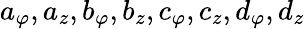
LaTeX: a_{\varphi},a_{z},b_{\varphi},b_{z},c_{\varphi},c_{z},d_{\varphi},d_{z}